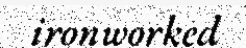
ironworked